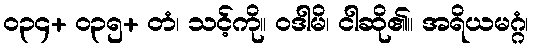
၀၃၄+ ၀၃၅+ တံ၊ သင့်ကို။ ဝဒါမိ၊ ငါဆို၏။ အရိယမဂ္ဂံ၊